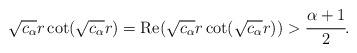
LaTeX: \begin{align*}\sqrt{c_\alpha} r \cot (\sqrt{c_\alpha}r)={\rm Re}(\sqrt{c_\alpha} r \cot (\sqrt{c_\alpha}r)) > \cfrac{\alpha+1}{2}.\end{align*}